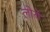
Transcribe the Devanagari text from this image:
लोये